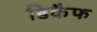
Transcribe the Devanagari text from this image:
डिकैफ